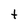
Character: t